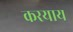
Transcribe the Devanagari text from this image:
करयाय